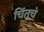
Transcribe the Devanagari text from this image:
चिंतूचे